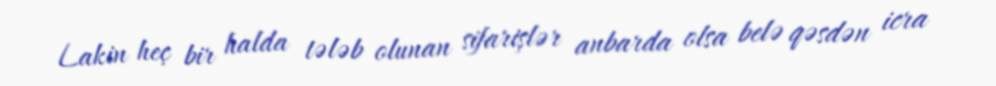
Lakin heç bir halda tələb olunan sifarişlər anbarda olsa belə qəsdən icra